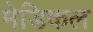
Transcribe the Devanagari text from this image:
मेडिकल